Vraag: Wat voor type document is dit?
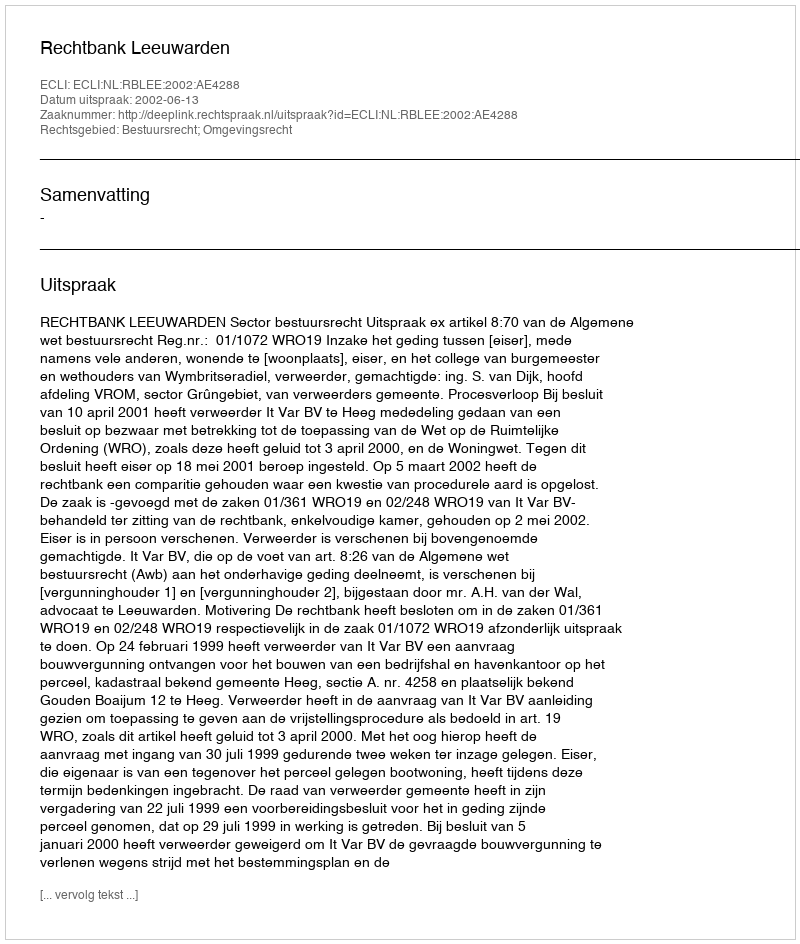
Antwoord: Uitspraak